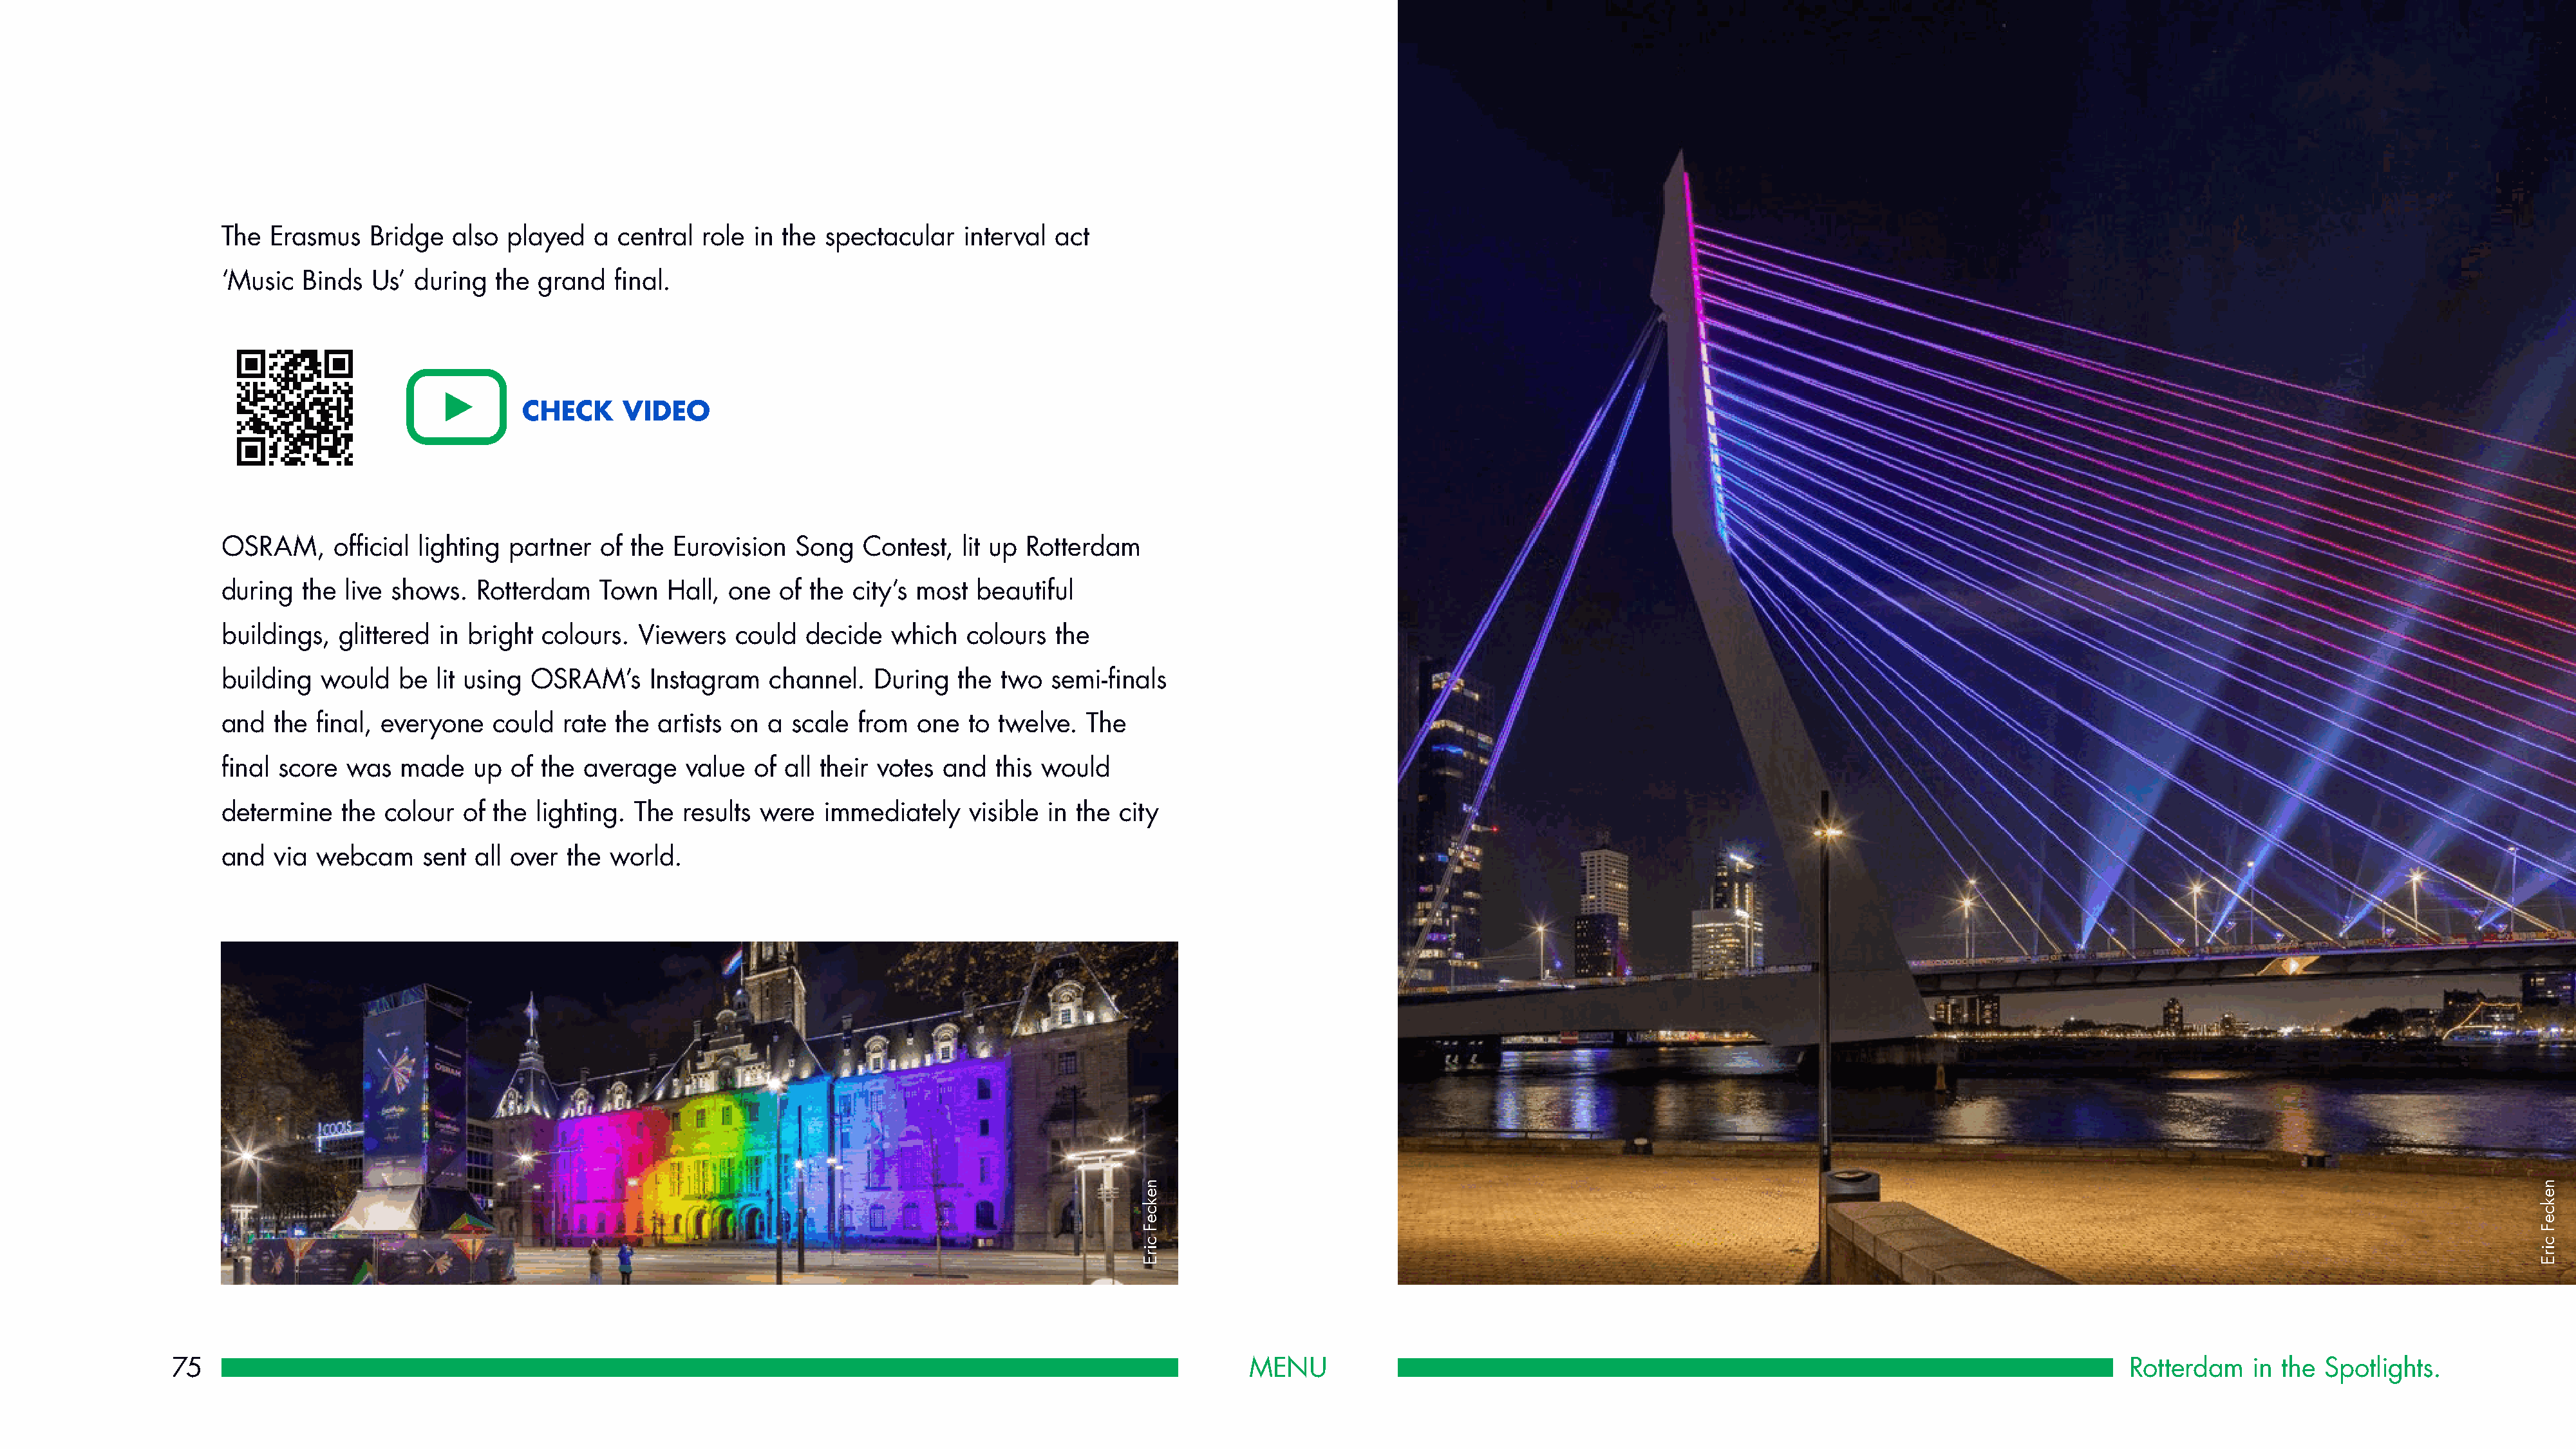
The  Erasmus   Bridge   also played   a  central role in the  spectacular   interval act
 ‘Music  Binds  Us’  during  the grand   final.
 CHECK     VIDEO
 OSRAM,     official lighting partner   of the Eurovision   Song   Contest,  lit up Rotterdam
 during  the live shows.   Rotterdam    Town   Hall, one  of the  city’s most beautiful
 buildings,  glittered in bright  colours.  Viewers   could  decide   which  colours   the
 building  would   be  lit using OSRAM’s     Instagram   channel.   During   the two  semi-finals
 and  the  final, everyone   could  rate the  artists on a scale  from  one   to twelve.  The
 final score  was  made    up  of the average    value  of all their votes and  this would
 determine   the  colour  of the lighting. The  results were   immediately    visible in the city
 and  via  webcam    sent  all over the  world.
 75                                                                                                            MENU                                                                                       Rotterdam    in the Spotlights.
 nekceF
 cirE
 nekceF
 cirE